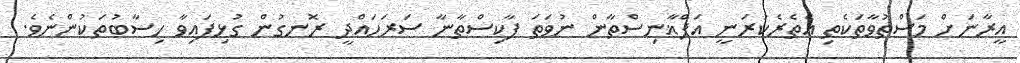
އީރާނަށް މަސްތުވާތަކެތި އެތެރެކުރަނީ އަފްޣާނިސްތާން ނުވަތަ ޕާކިސްތާނާ ސަރަހައްދީ ރޮނގުން ގުޅިފައިވާ ހިސާބުތަކުންނެވެ.